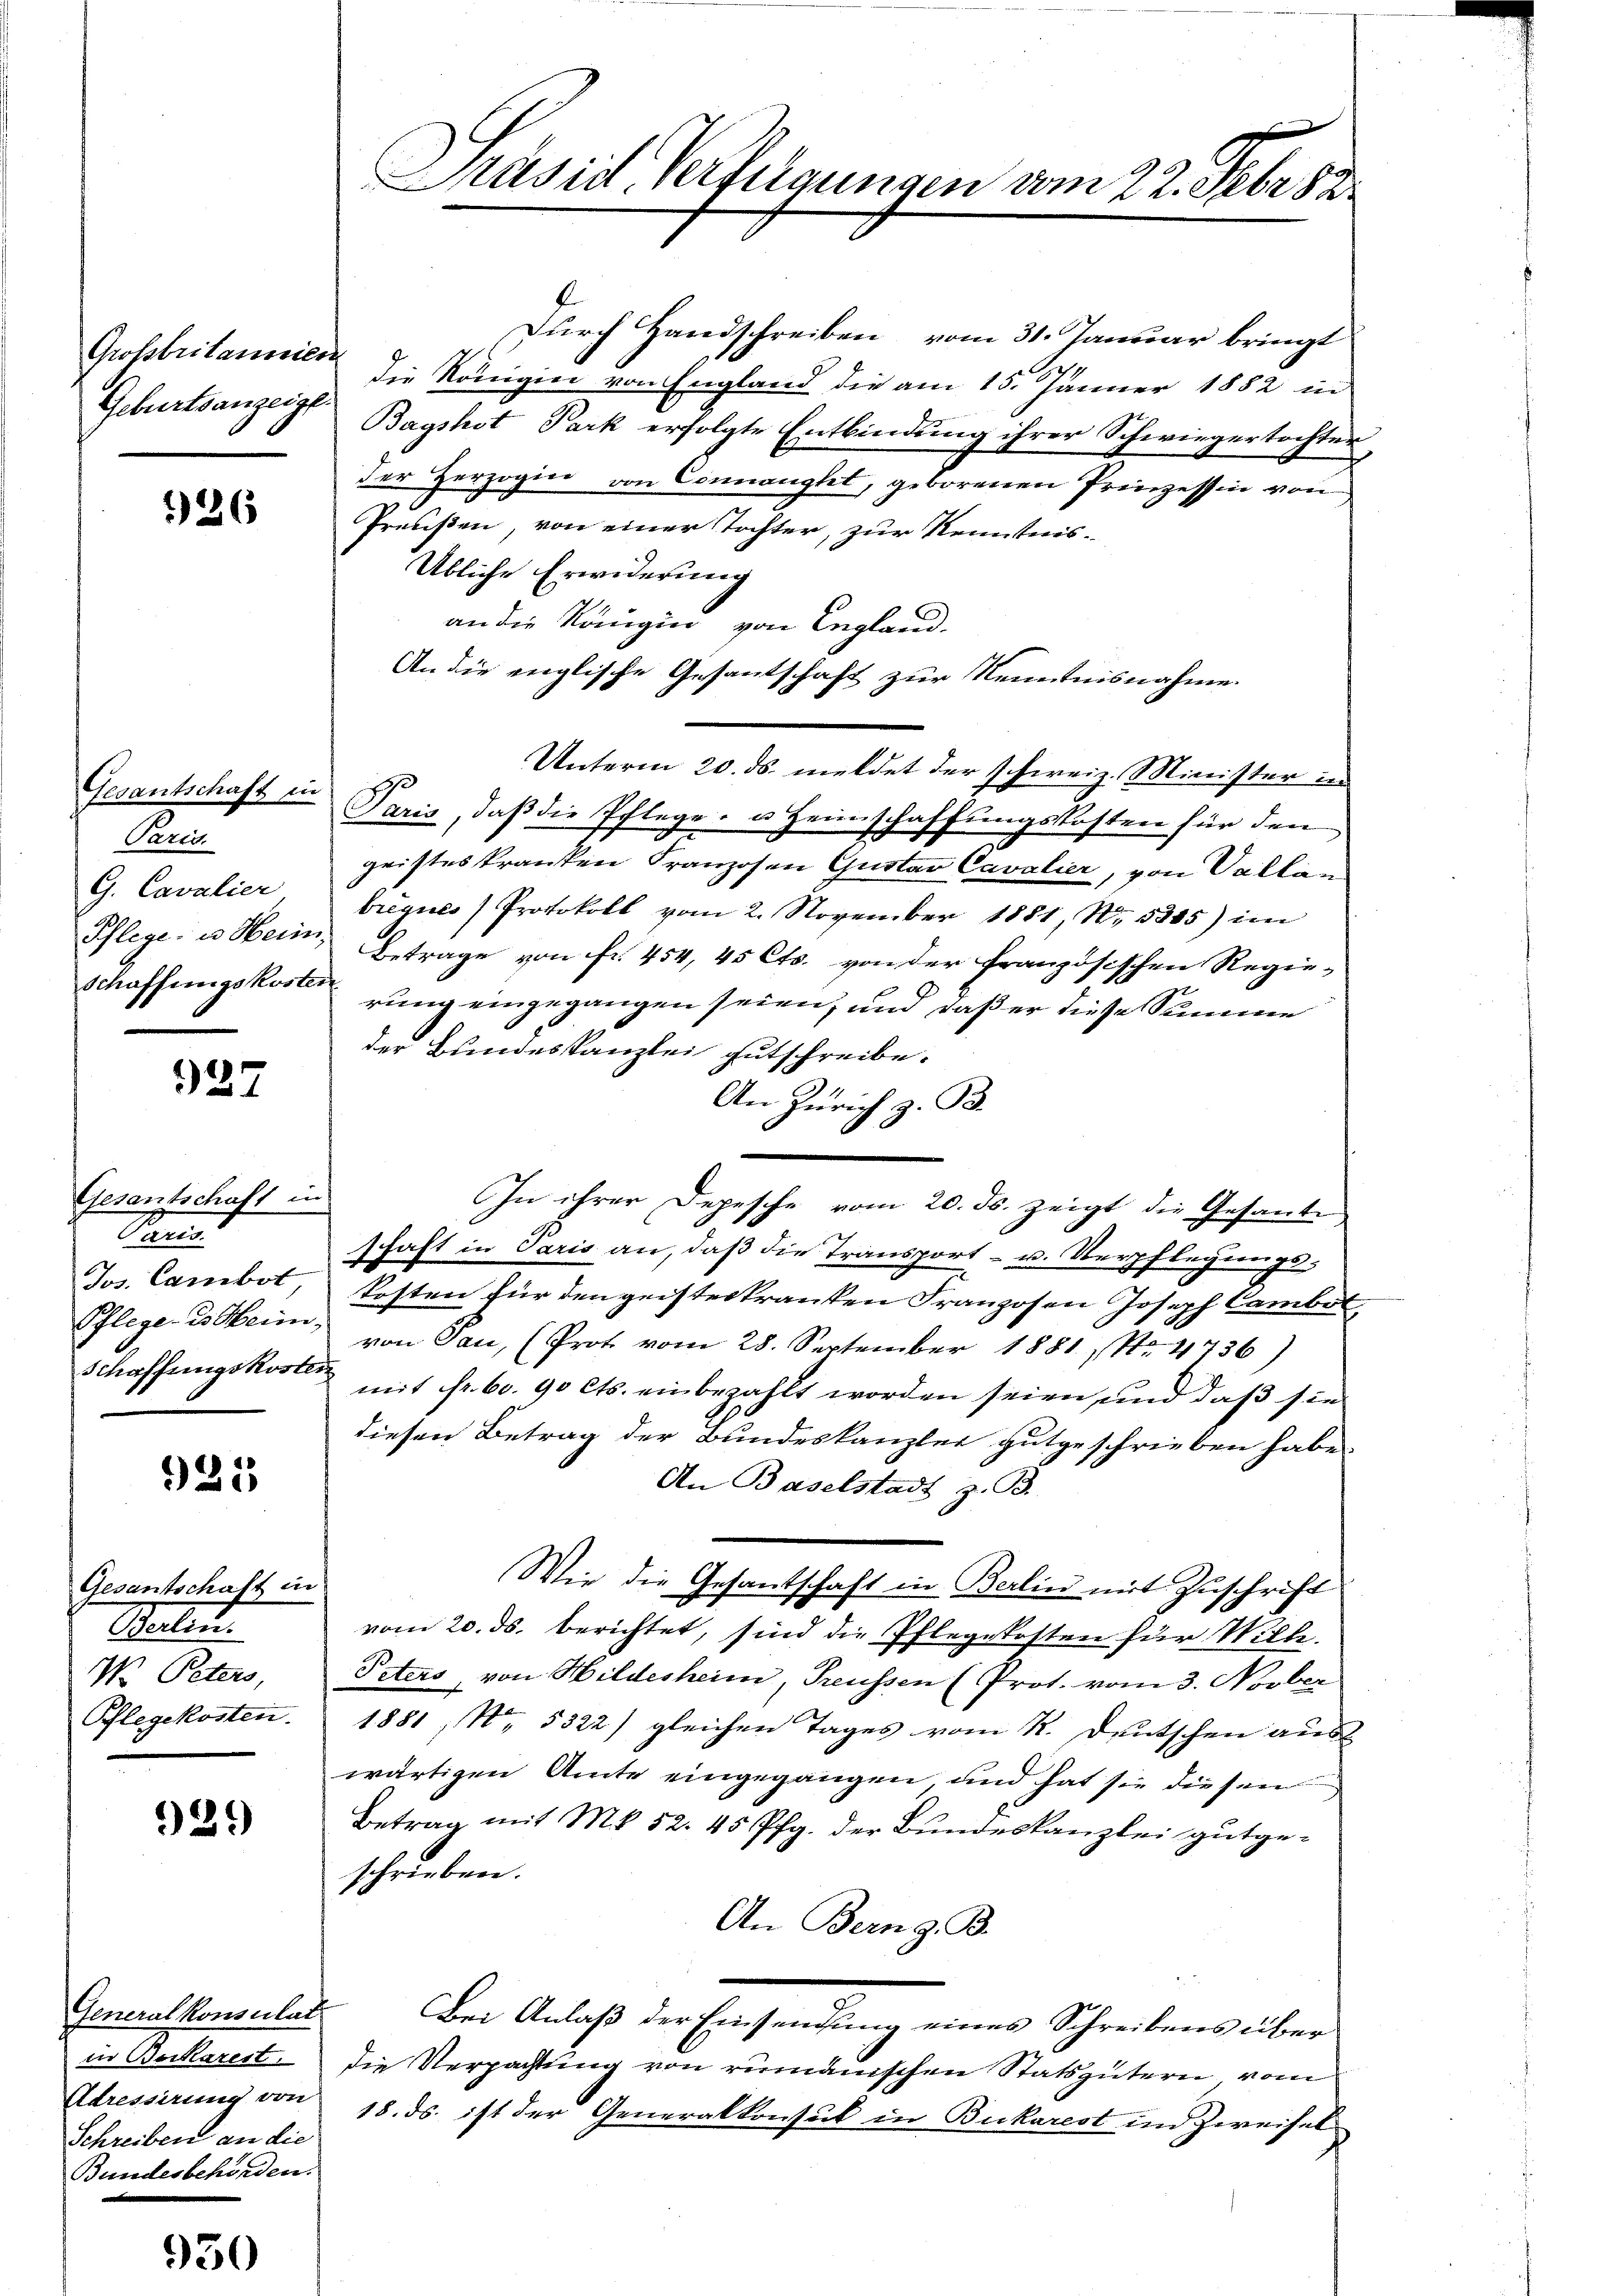
Grossbritannien
Geburtsanzeigt.

926

Paris.
G. Cavalier
Pflege es Heini¬

927

Gesantschaft in
An
Jos. Cambot,
Schaffungskosten

325

Gesantschaft in
Malit
W. Peters,
Pflegekosten.

2.)

in Bockarest.
Schreiben an die
Bundesbehörden.
e

950

Präsid. Verfügungen vom 22. Febr. 18

Durch Handschreiben vom 31. Januar bringt
7
die Königin von England die am 15. Jänner 1882 in
Bagshot Park erfolgte Entbindung ihrer Schwiegertochter
der Herzogin von Connanght, geborenen Prinzessin von
Preußen, von einer Tochter, zur Kenntnis-
Übliche Erwiderung
an die Rangin von England-
An die englische Gesantschaft zur Kenntnisnahme
Gesantschaft in Paris, daß die Pflege- u. Heimschaffungskosten für den
gristes Pranten Franzosen Gustav Cavalier, von Vallen
bregnes Protokoll vom 2. November 1881, N. 5305) im
Betrage von fr. 454, 45 Cts. von der französischen Regie-
schaffungskosterung eingegangen seien, und daß er diese Summe
der Bundeskanzlei gutschreibe.
An Zürich z. B.
In ihrer Depesche vom 20. ds. zeigt die Gesante
schaft in Paris an, daß die Transport- u. Verpflegungskosten für den geisteskranten Franzosen Joseph Camber
Pflege es Heim, von San (Prot. vom 28. September 1881, No. 4736)
mit fr. 60. 90 Cts. einbezahlt worden seien, und daß sie
diesen Betrag der Bundeskanzlei gutgeschrieben habe.
An Baselstadt z. B.
Wie die Gesantschaft in Berlin mit Zuschrift
vom 20. ds. berichtet, sind die Pflegekosten für Wille.
Peters von Hildesheim, Preussen (Prot. vom 3. Novber
1881, No. 5322) gleichen Tages vom K. Deutschen aus
wärtigen Amte eingegangen, und hat sie diesen
Betrag mit Mk 52. 45 Pfg. der Bundeskanzlei gutgeschrieben.
An Bern z. B.
Generalkonsulat. Bei Anlaß der Einsendung eines Schreibens über
die Verpachtung von rumänischen Statsgütern vom
Adressirung von 18. ds. ist der Generalkonsul in Bukarest in Zweifel

Unterm 20. ds. meldet der schweiz. Minister in